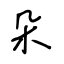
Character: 朵